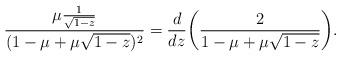
LaTeX: \begin{align*}\frac{\mu \frac{1}{\sqrt{1-z}}}{(1 - \mu + \mu \sqrt{1-z})^2}= \frac{d}{dz}\biggl(\frac{2}{1- \mu +\mu \sqrt{1-z}}\biggr).\end{align*}